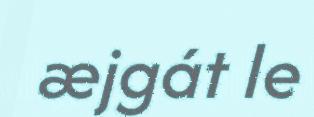
æjgát le